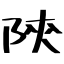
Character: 陝